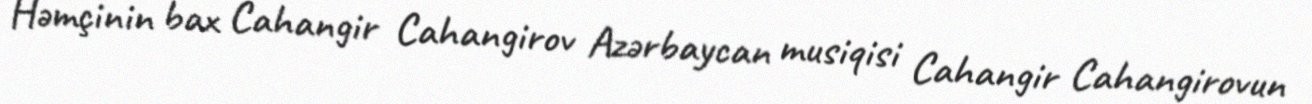
Həmçinin bax Cahangir Cahangirov Azərbaycan musiqisi Cahangir Cahangirovun